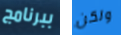
ببرنامج ولكن